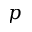
p